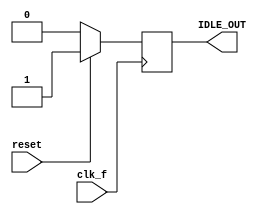
module idletemporal( output reg IDLE_OUT,
		     input wire reset, clk_f );

   always @( posedge clk_f ) begin
      if( reset ) begin
	 IDLE_OUT <= 1'b1;
      end
      else begin
	 IDLE_OUT <= 1'b0;
      end
   end
   
endmodule // idletemporal